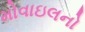
મોવાઇલનો